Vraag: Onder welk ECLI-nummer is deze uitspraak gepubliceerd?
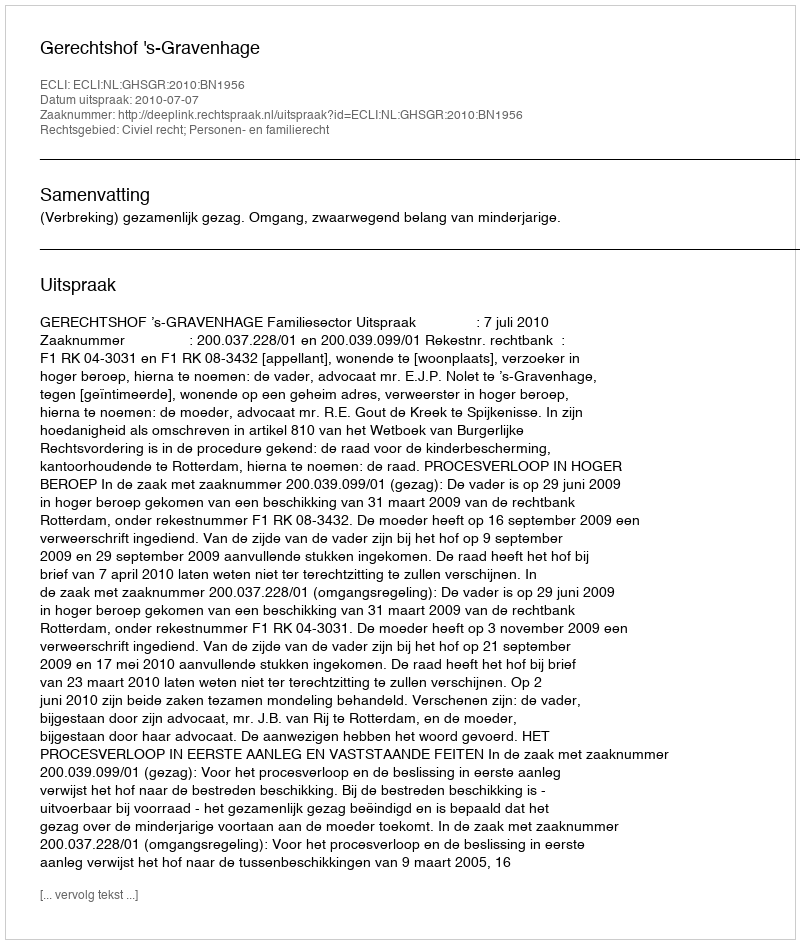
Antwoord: ECLI:NL:GHSGR:2010:BN1956